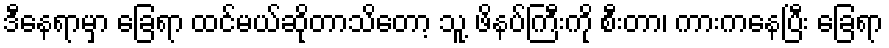
ဒီနေရာမှာ ခြေရာ ထင်မယ်ဆိုတာသိတော့ သူ့ ဖိနပ်ကြီးကို စီးတာ၊ ကားကနေပြီး ခြေရာ